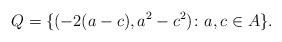
LaTeX: \begin{align*}Q=\{(-2(a-c),a^2-c^2)\colon a,c\in A\}.\end{align*}